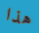
هذا